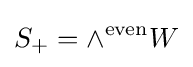
S_{+}=\wedge ^{\mathrm {even} }W